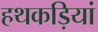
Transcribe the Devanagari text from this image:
हथकड़ियां